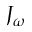
J _ { \omega }